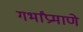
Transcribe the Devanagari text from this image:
गर्भांप्रमाणे